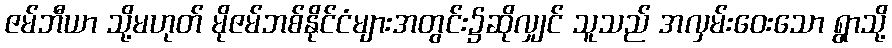
ဇမ်ဘီယာ သို့မဟုတ် မိုဇမ်ဘစ်နိုင်ငံများအတွင်း၌ဆိုလျှင် သူသည် အလှမ်းဝေးသော ရွာသို့